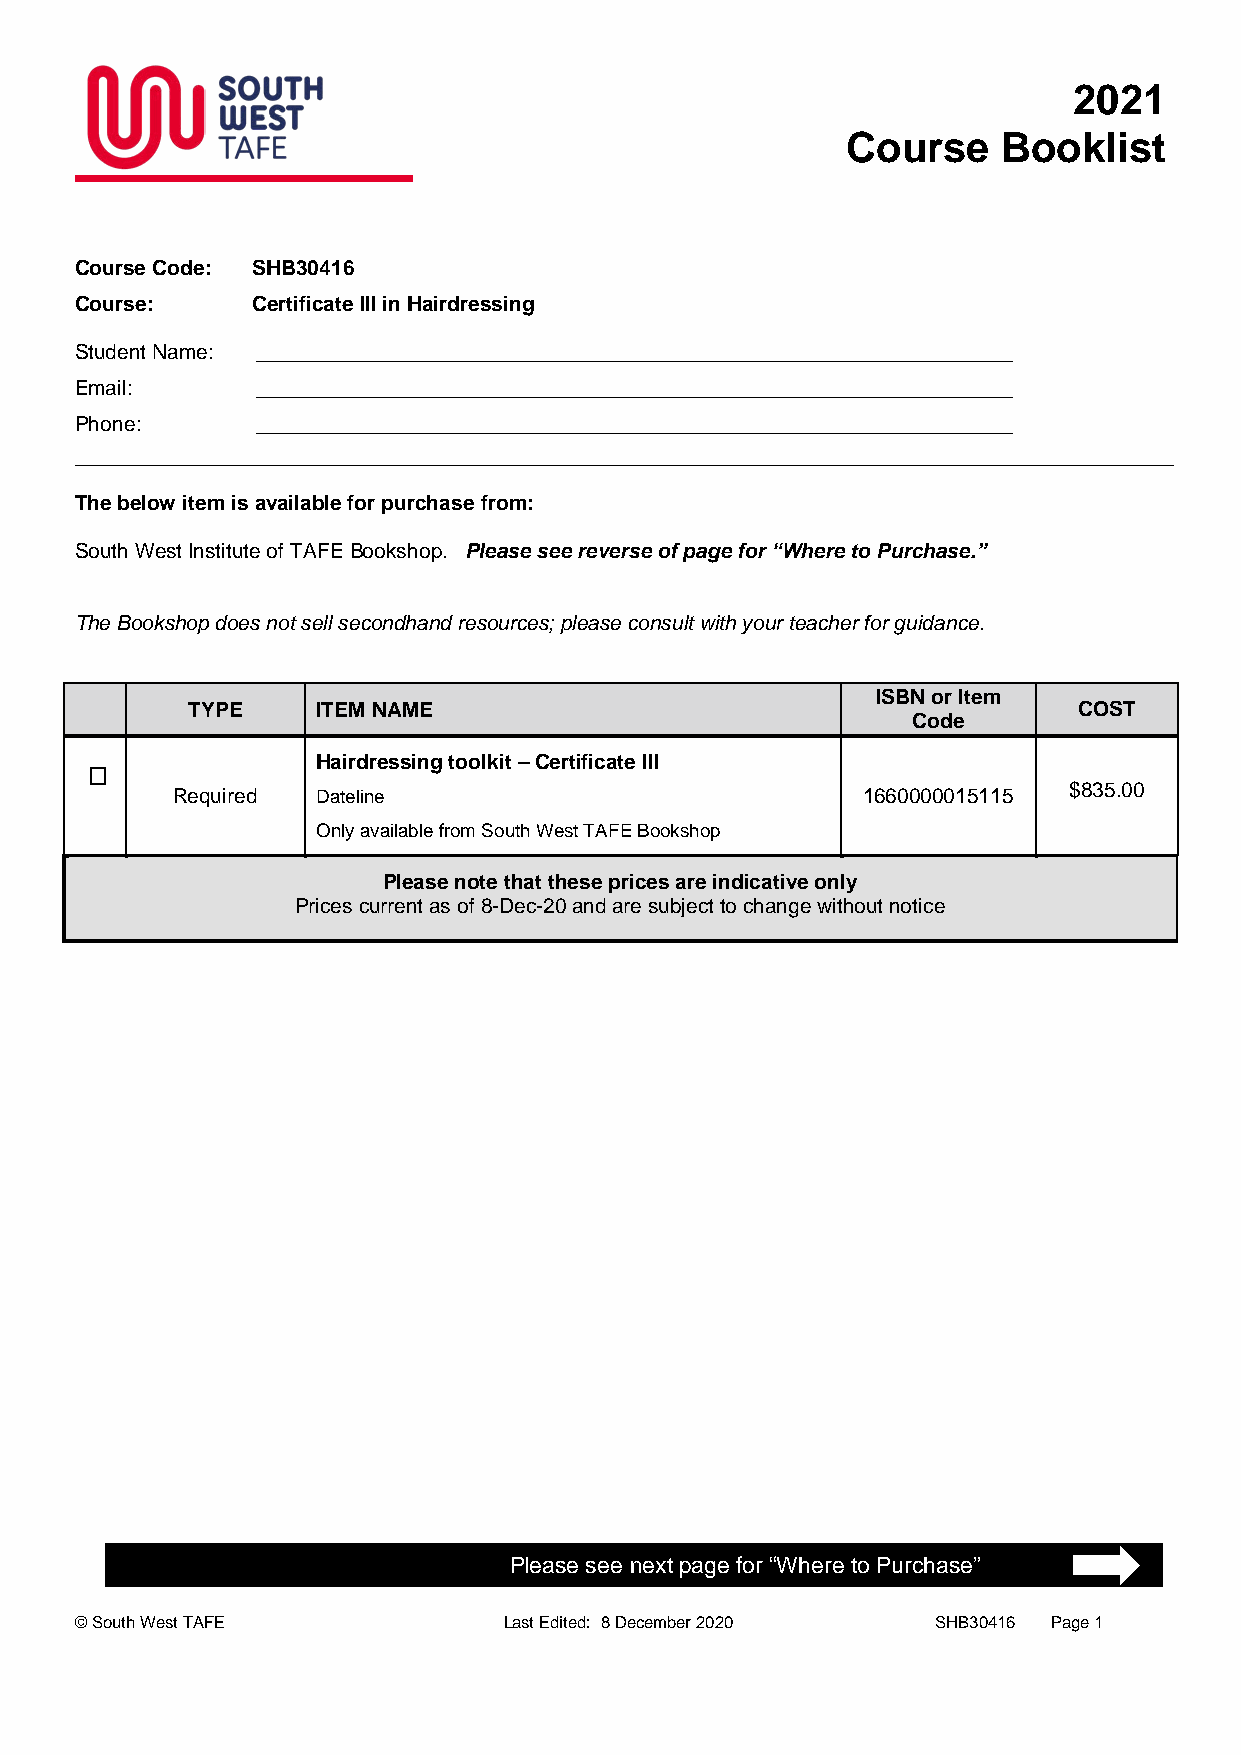
2021
 Course    Booklist
 Course Code: SHB30416
 Course:     Certificate III in Hairdressing
 Student Name: _________________________________________________________________
 Email:      _________________________________________________________________
 Phone:      _________________________________________________________________
 The below item is available for purchase from:
 South West Institute of TAFE Bookshop. Please see reverse of page for “Where to Purchase.”
 The Bookshop does not sell secondhand resources; please consult with your teacher for guidance.
 ISBN or Item
 TYPE     ITEM NAME                                         COST
 Code
 Hairdressing toolkit – Certificate III
 Required  Dateline                            1660000015115 $835.00
 Only available from South West TAFE Bookshop
 Please note that these prices are indicative only
 Prices current as of 8-Dec-20 and are subject to change without notice
 Please see next page for “Where to Purchase”
 © South West TAFE           Last Edited: 8 December 2020 SHB30416 Page 1